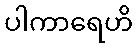
ပါကာရေဟိ